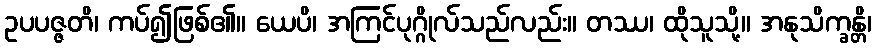
ဥပပဇ္ဇတိ၊ ကပ်၍ဖြစ်၏။ ယေပိ၊ အကြင်ပုဂ္ဂိုလ်သည်လည်း။ တဿ၊ ထိုသူသို့။ အနုသိက္ခန္တိ၊